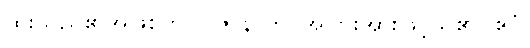
ထူးသည်၏အဖြစ်ကို။ ပဇာနာတိ၊ အပြားအားဖြင့်သိ၏။ ဧဝံ၊